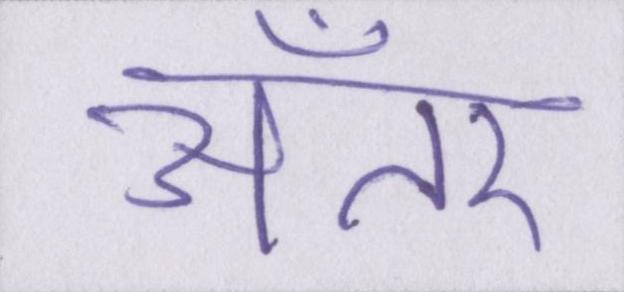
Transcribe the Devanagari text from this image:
अँतर